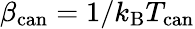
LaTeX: \beta_{\mathrm{can}}=1/k_{\mathrm{B}}T_{\mathrm{can}}